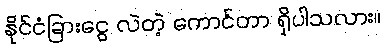
နိုင်ငံခြားငွေ လဲတဲ့ ကောင်တာ ရှိပါသလား။